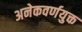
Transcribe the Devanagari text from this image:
अनेकवर्णयुक्त